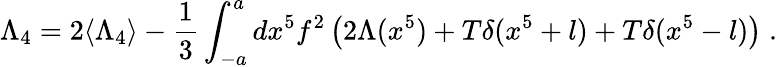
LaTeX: \Lambda_{4}=2\langle\Lambda_{4}\rangle-\frac{1}{3}\int_{-a}^{a}dx^{5}f^{2}\left(2\Lambda(x^{5})+T\delta(x^{5}+l)+T\delta(x^{5}-l)\right)\; .